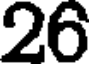
26